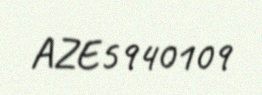
AZE5940109